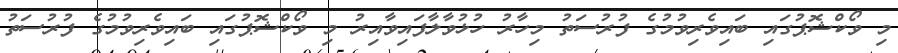
މި ވޯކްޝޮޕުގައި ބައިވެރިވުމުގެ ފުރުސަތު މިހާރު ހުޅުވާލާފައިވާއިރު މި ވޯކްޝޮޕުގައި ބައިވެރިވުމުގެ ފުރުސަތު